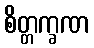
စိတ္တက္ခဏ